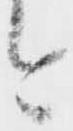
今